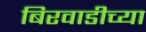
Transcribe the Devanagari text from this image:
बिरवाडीच्या